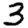
Digit: 3